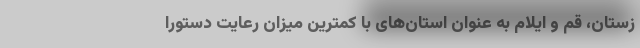
زستان، قم و ایلام به عنوان استان‌های با کمترین میزان رعایت دستورا